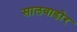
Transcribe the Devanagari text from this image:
सालवाडोर